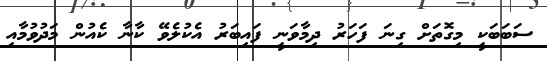
ސަބަބަކީ މިގޮތަށް ގިނަ ފަހަރު ދިމާވަނީ ފައިބަރު އެކުލެވޭ ކާނާ ކެއުން މަދުވުމާއި